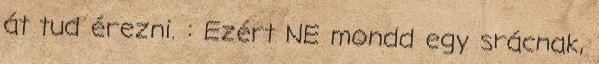
át tud érezni. : Ezért NE mondd egy srácnak,